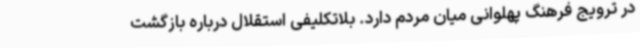
در ترویج فرهنگ پهلوانی میان مردم دارد. بلاتکلیفی استقلال درباره بازگشت